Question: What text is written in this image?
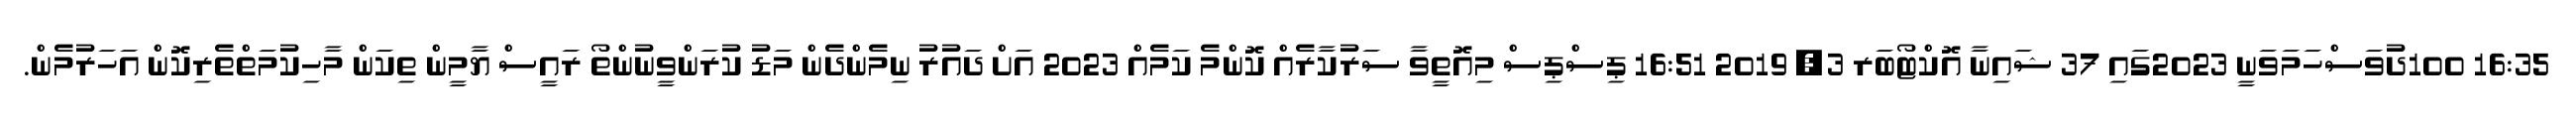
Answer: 16:35 100ދުވަސްހަމަވަނީ 2023ގައި 37 ޝައިނާ އޮކްޓޯބަރ 3, 2019 16:51 ޕިސްޕިސް މިއޮތީވާ ސަރުކާރެއް ކޮންމެ ކަމެއް 2023 އަށް ދައުރު ނިމެންދެން މަޑު ކުރަންވީނުންތޯ ރައީސް ޔާމީން ތިކަން މާހިކުމަތްތެރިކޮން އަހަރުމެން.